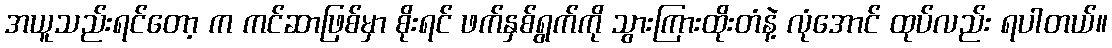
အယူသည်းရင်တော့ က ကင်ဆာဖြစ်မှာ စိုးရင် ဖက်နှစ်ရွက်ကို သွားကြားထိုးတံနဲ့ လုံအောင် ထုပ်လည်း ရပါတယ်။